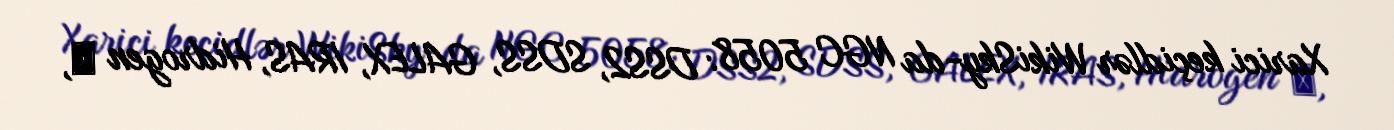
Xarici keçidlər WikiSky-da NGC 5058: DSS2, SDSS, GALEX, IRAS, Hidrogen α,